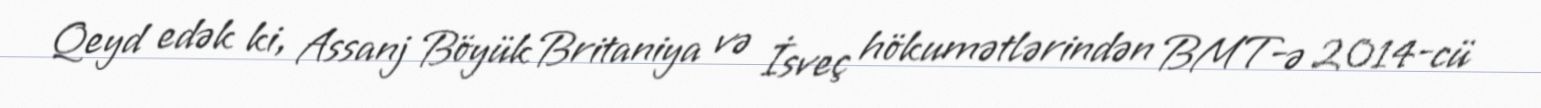
Qeyd edək ki, Assanj Böyük Britaniya və İsveç hökumətlərindən BMT-ə 2014-cü